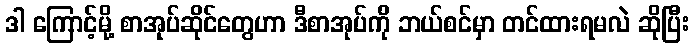
ဒါ ကြောင့်မို့ စာအုပ်ဆိုင်တွေဟာ ဒီစာအုပ်ကို ဘယ်စင်မှာ တင်ထားရမလဲ ဆိုပြီး